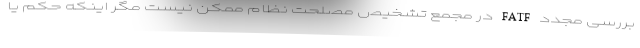
بررسی مجدد FATF در مجمع تشخیص مصلحت نظام ممکن نیست مگر اینکه حکم یا